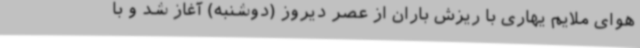
هوای ملایم ‌یهاری با ریزش باران از عصر دیروز (دوشنبه) آغاز شد و با